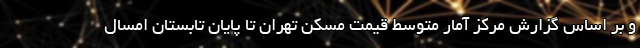
و بر اساس گزارش مرکز آمار متوسط قیمت مسکن تهران تا پایان تابستان امسال